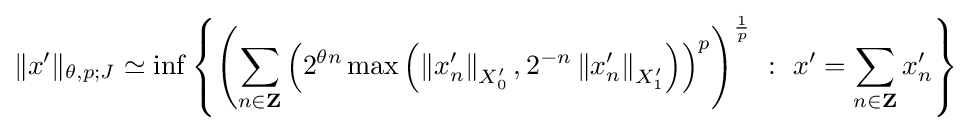
\|x'\|_{\theta ,p;J}\simeq \inf \left\{\left(\sum _{n\in \mathbf {Z} }\left(2^{\theta n}\max \left(\left\|x'_{n}\right\|_{X'_{0}},2^{-n}\left\|x'_{n}\right\|_{X'_{1}}\right)\right)^{p}\right)^{\frac {1}{p}}\ :\ x'=\sum _{n\in \mathbf {Z} }x'_{n}\right\}